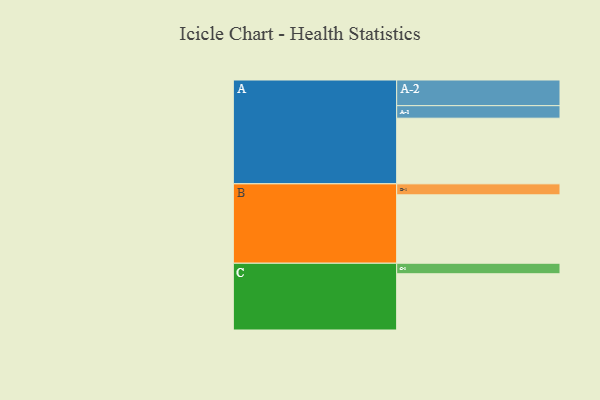
{"axis": {"x": "Segment", "y": "Value"}, "legend": ["", "A", "B", "C"], "data": [{"x": "A", "y": 524, "type": ""}, {"x": "B", "y": 546, "type": ""}, {"x": "C", "y": 449, "type": ""}, {"x": "A-1", "y": 100, "type": "A"}, {"x": "A-2", "y": 205, "type": "A"}, {"x": "B-1", "y": 88, "type": "B"}, {"x": "C-1", "y": 84, "type": "C"}]}